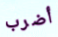
أضرب